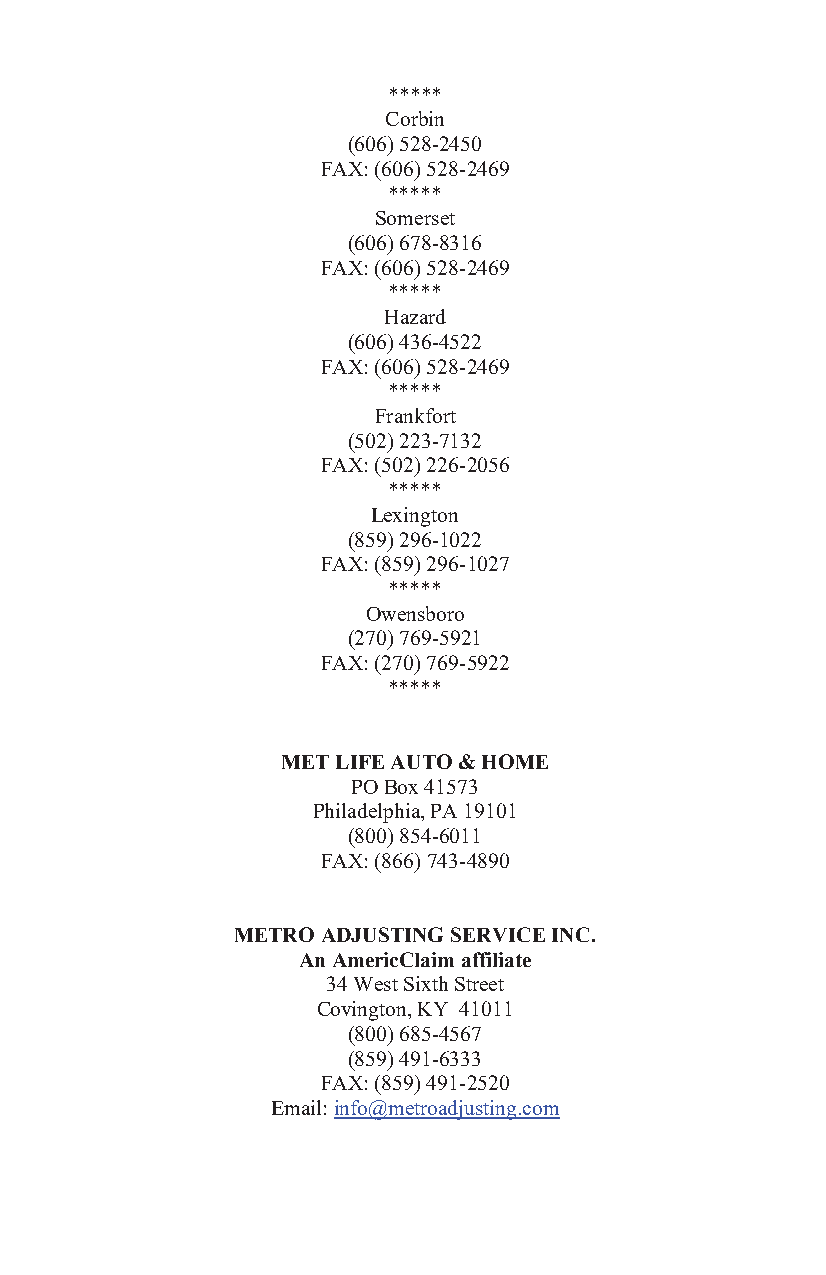
*****
 Corbin
 (606) 528-2450
 FAX: (606) 528-2469
 *****
 Somerset
 (606) 678-8316
 FAX: (606) 528-2469
 *****
 Hazard
 (606) 436-4522
 FAX: (606) 528-2469
 *****
 Frankfort
 (502) 223-7132
 FAX: (502) 226-2056
 *****
 Lexington
 (859) 296-1022
 FAX: (859) 296-1027
 *****
 Owensboro
 (270) 769-5921
 FAX: (270) 769-5922
 *****
 MET LIFE AUTO & HOME
 PO Box 41573
 Philadelphia, PA 19101
 (800) 854-6011
 FAX: (866) 743-4890
 METRO ADJUSTING SERVICE INC.
 An AmericClaim affiliate
 34 West Sixth Street
 Covington, KY 41011
 (800) 685-4567
 (859) 491-6333
 FAX: (859) 491-2520
 Email: info@metroadjusting.com